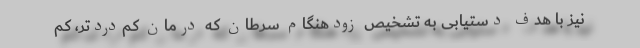
نیز با هدف دستیابی به تشخیص زودهنگام سرطان که درمان‌ کم‌دردتر، کم